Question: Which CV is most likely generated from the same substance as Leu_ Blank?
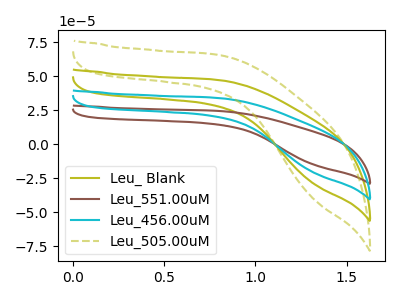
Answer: <think>The olive curve "Leu_ Blank" has no peaks. The brown curve "Leu_551.00uM" has no peaks. The cyan curve "Leu_456.00uM" has no peaks. The olive dashed curve "Leu_505.00uM" has no peaks.
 Neither "Leu_ Blank" or "Leu_551.00uM" have any peaks. Neither "Leu_ Blank" or "Leu_456.00uM" have any peaks. Neither "Leu_ Blank" or "Leu_505.00uM" have any peaks. Neither "Leu_551.00uM" or "Leu_456.00uM" have any peaks. Neither "Leu_551.00uM" or "Leu_505.00uM" have any peaks. Neither "Leu_456.00uM" or "Leu_505.00uM" have any peaks.</think>
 <answer>"Leu_ Blank", "Leu_551.00uM" and "Leu_456.00uM" have a similar shape to "Leu_505.00uM".</answer>
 <eval>"Leu_ Blank" "Leu_551.00uM" "Leu_456.00uM"</eval>